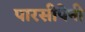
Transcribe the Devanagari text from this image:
पारसीपेनी